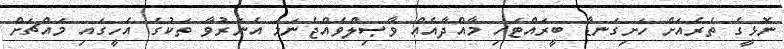
ނޮޅީގެ ތެރެއަށް ހަށިގަނޑާ ބީރައްޓަހި މާއްދާއެއް ވާޞިލްވެއްޖެނަމަ އެނަރުވާ ތަކުގެ އެހީގައި މައްޗަށް